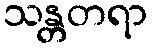
သန္တတရာ